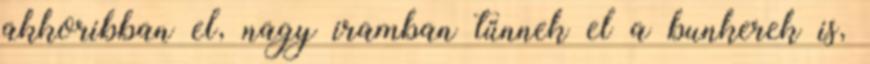
akkoribban el, nagy iramban tűnnek el a bunkerek is,